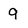
Character: 9